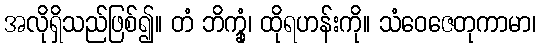
အလိုရှိသည်ဖြစ်၍။ တံ ဘိက္ခုံ၊ ထိုရဟန်းကို။ သံဝေဇေတုကာမာ၊